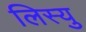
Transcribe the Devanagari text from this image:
लिस्यु